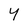
Character: Y